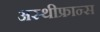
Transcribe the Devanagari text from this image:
अस्थीफ्रान्स